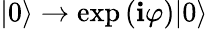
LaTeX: |0\rangle\rightarrow\exp{(\mathbf{i}\varphi)}|0\rangle